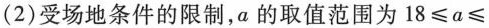
(2)受场地条件的限制，a的取值范围为$$1 8 ≤ a ≤